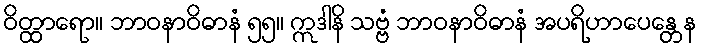
ဝိတ္ထာရော။ ဘာဝနာဝိဓာနံ ၅၅။ ဣဒါနိ သဗ္ဗံ ဘာဝနာဝိဓာနံ အပရိဟာပေန္တေန